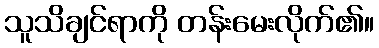
သူသိချင်ရာကို တန်းမေးလိုက်၏။